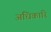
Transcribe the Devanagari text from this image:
अधिकारि